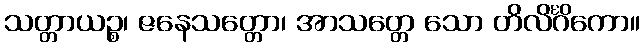
သတ္တာယဉ္စ၊ ဇနေသတ္တော၊ အာသတ္တေ သော တိလိင်္ဂိကော။